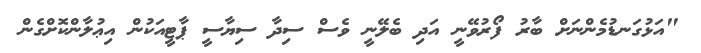
"އަޅުގަނޑުމެންނަށް ބާރު ފޯރުވޭނީ އަދި ބެލޭނީ ވެސް ސިދާ ސިޔާސީ ޕާޓީއަކުން އިޢުލާންކޮށްގެން